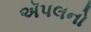
ઍપલનો